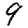
Digit: 9